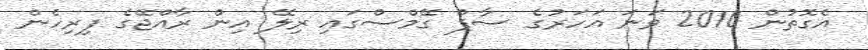
އެގޮތުން 2010 ވަނަ އަހަރުގެ ސާފް ގޭމްސްގައި ރިލޭ އިން ރާއްޖޭގެ ފިރިހެން